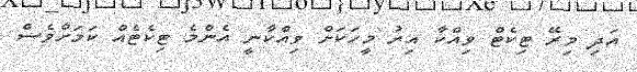
އަދި މިރޭ ޓިކެޓް ވިއްކާ އިރު މީހަކަށް ވިއްކާނީ އެންމެ ޓިކެޓެއް ކަމަށްވެސް